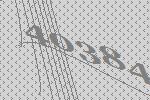
40384